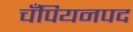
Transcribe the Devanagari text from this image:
चँपियनपद